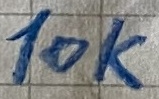
Text: 10K